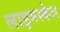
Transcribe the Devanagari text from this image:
लाइमस्केल